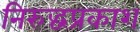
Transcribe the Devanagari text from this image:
निरुद्धप्रकाश